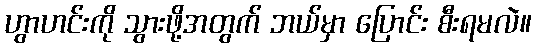
ဟွာဟင်းကို သွားဖို့အတွက် ဘယ်မှာ ပြောင်း စီးရမလဲ။